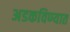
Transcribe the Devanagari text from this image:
अडकविण्यात